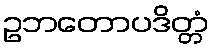
ဥဘတောပဒိတ္တံ